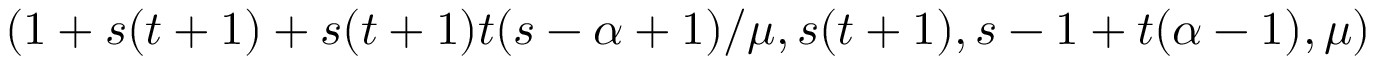
( 1 + s ( t + 1 ) + s ( t + 1 ) t ( s - \alpha + 1 ) / \mu , s ( t + 1 ) , s - 1 + t ( \alpha - 1 ) , \mu )